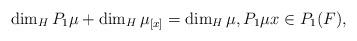
LaTeX: \begin{align*} \dim_H P_1 \mu + \dim_H \mu_{[x]} = \dim_H \mu, P_1 \mu x \in P_1 (F),\end{align*}